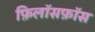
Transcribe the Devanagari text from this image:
फ़िलॉसफ़ॉस